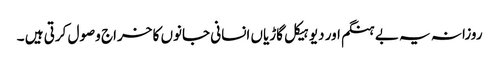
روزانہ یہ بے ہنگم اور دیوہیکل گاڑیاں انسانی جانوں کا خراج وصول کرتی ہیں ۔